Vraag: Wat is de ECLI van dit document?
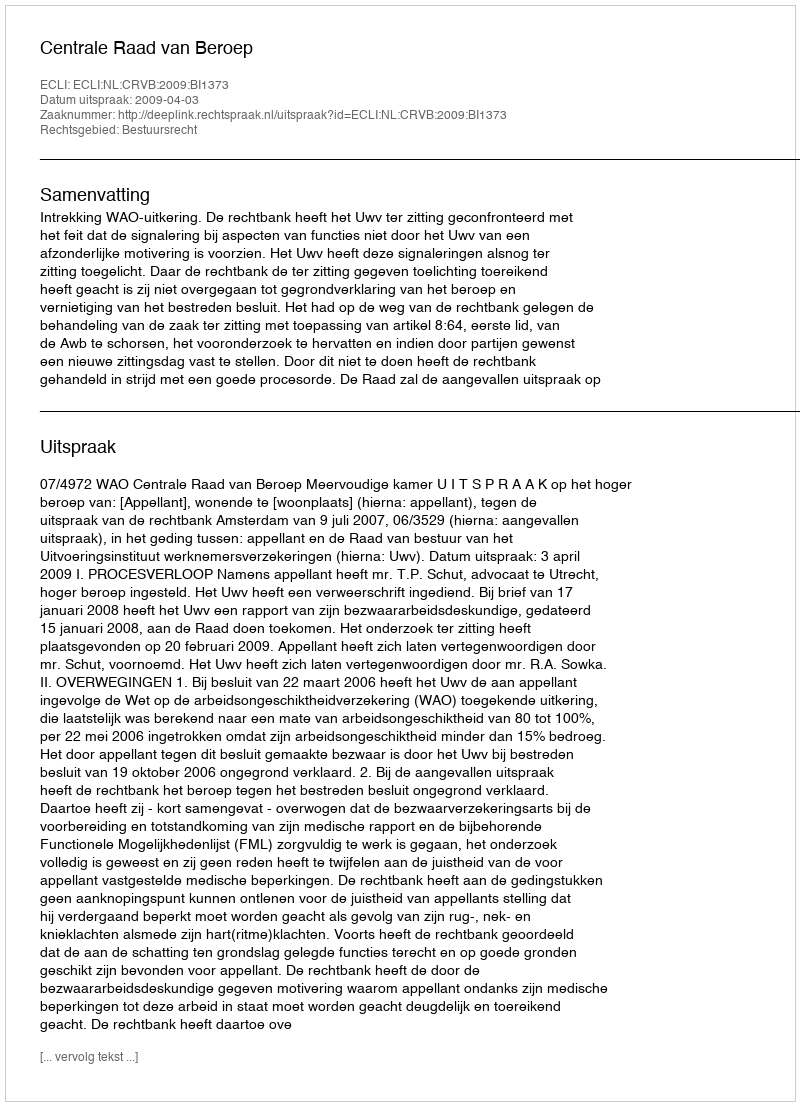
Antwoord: ECLI:NL:CRVB:2009:BI1373